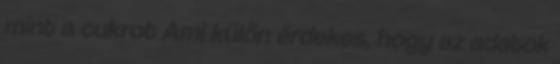
mint a cukrot Ami külön érdekes, hogy az adatok